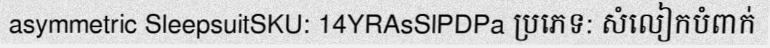
asymmetric SleepsuitSKU: 14YRAsSlPDPa ប្រភេទ: សំលៀកបំពាក់